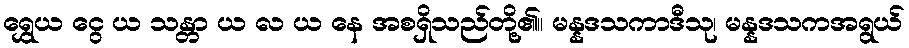
ရွှေယ ငွေ ယ သန္တာ ယ လ ယ နေ အစရှိသည်တို့၏။ မန္နဒသကာဒီသု၊ မန္နဒသကအရွယ်